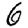
Digit: 6